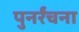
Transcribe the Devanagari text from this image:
पुनर्रंचना